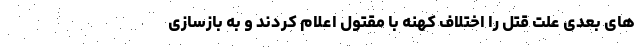
های بعدی علت قتل را اختلاف کهنه با مقتول اعلام کردند و به بازسازی